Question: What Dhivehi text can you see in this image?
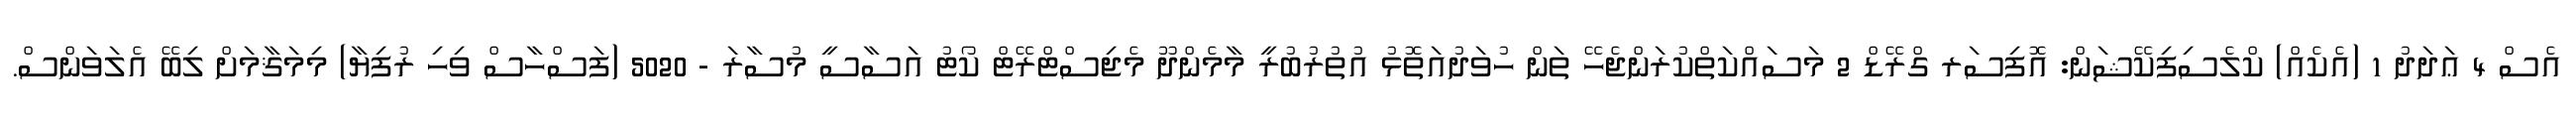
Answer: އެސް 4 ޢަދަދު 1 (އެކެއް) ކްލެސިފިކޭޝަން: އޮފިސަރ ގްރޭޑް 2 މަސައްކަތްކުރަންޖެހޭ ތަން ހުވަދުއަތޮޅު އުތުރުބުރީ މާމެންދޫ މެޖިސްޓްރޭޓް ކޯޓު އަސާސީ މުސާރަ - 5020 (ފަސްހާސް ވިހި ރުފިޔާ) މިމަޤާމަށް ލިބޭ އެލަވަންސް.